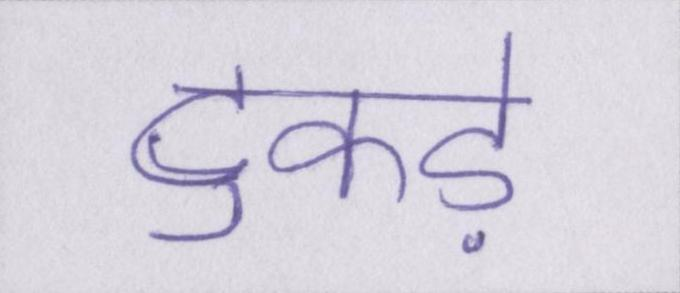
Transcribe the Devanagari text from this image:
टुकड़े